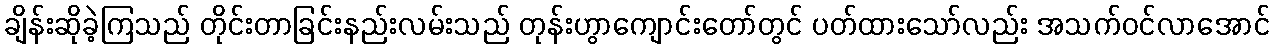
ချိန်းဆိုခဲ့ကြသည် တိုင်းတာခြင်းနည်းလမ်းသည် တုန်းဟွာကျောင်းတော်တွင် ပတ်ထားသော်လည်း အသက်ဝင်လာအောင်